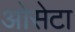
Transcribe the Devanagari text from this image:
ओसेटा